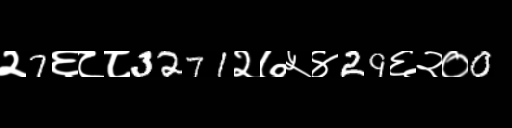
Text: २7६८८3271२७५४29६२०0